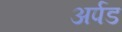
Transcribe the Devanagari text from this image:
अर्पड